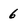
Character: 6